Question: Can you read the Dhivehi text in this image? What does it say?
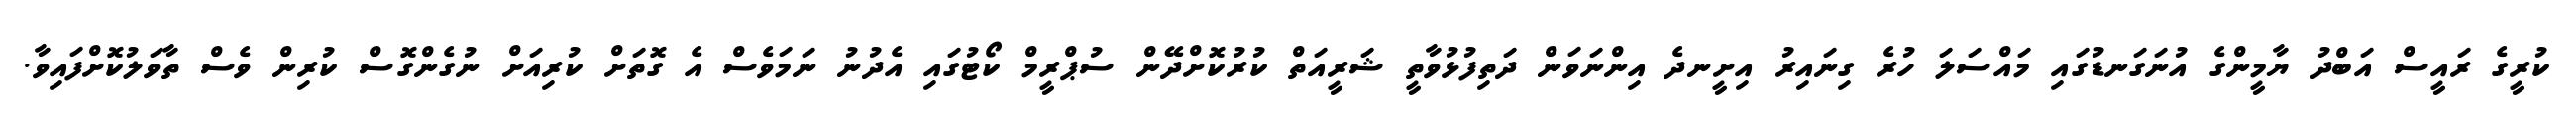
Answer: ކުރީގެ ރައީސް އަބްދު ޔާމީންގެ އުނަގަނޑުގައި މައްސަލަ ހުރެ ގިނައިރު އިށީނދެ އިންނަވަން ދަތިފުޅުވާތީ ޝަރީއަތް ކުރުކޮށްދޭން ސުޕްރީމް ކޯޓުގައި އެދުނު ނަމަވެސް އެ ގޮތަށް ކުރިއަށް ނުގެންގޮސް ކުރިން ވެސް ތާވަލުކޮށްފައިވާ.